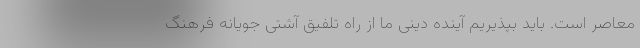
معاصر است. باید بپذیریم آینده دینی ما از راه تلفیق آشتی جویانه فرهنگ